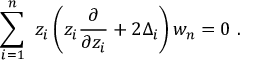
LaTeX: \sum _ { i = 1 } ^ { n } \ z _ { i } \left( z _ { i } { \frac { \partial } { \partial z _ { i } } } + 2 \Delta _ { i } \right) w _ { n } = 0 \ .